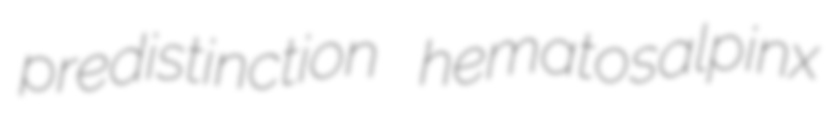
predistinction hematosalpinx